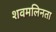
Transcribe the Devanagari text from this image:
शवमलिनता